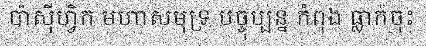
ប៉ាស៊ីហ្វិក មហាសមុទ្រ បច្ចុប្បន្ន កំពុង ធ្លាក់ចុះ